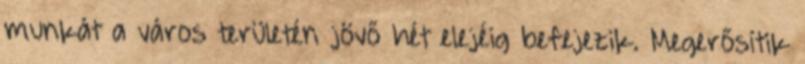
munkát a város területén jövő hét elejéig befejezik. Megerősítik